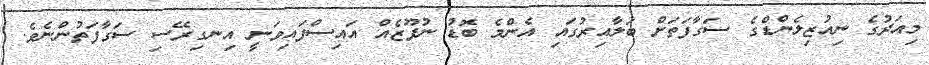
މިއަދުގެ ނިއުޒިލެންޑްގެ ސަގާފަތަށް ބަލާއިރުގައި އެންމެ ބޮޑު ނުފޫޒެއް އައިސްފައިވަނީ އިނގިރޭސި ސަގާފަތުންނެވެ.